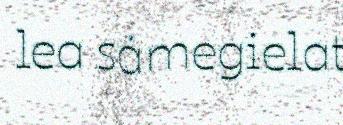
lea sámegielat